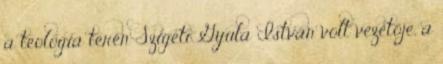
a teológia terén Szigeti Gyula István volt vezetője, a